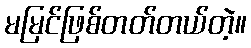
မမြင်ဖြစ်တတ်တယ်တဲ့။